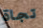
تجاة